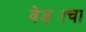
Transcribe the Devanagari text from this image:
वेड्याचा